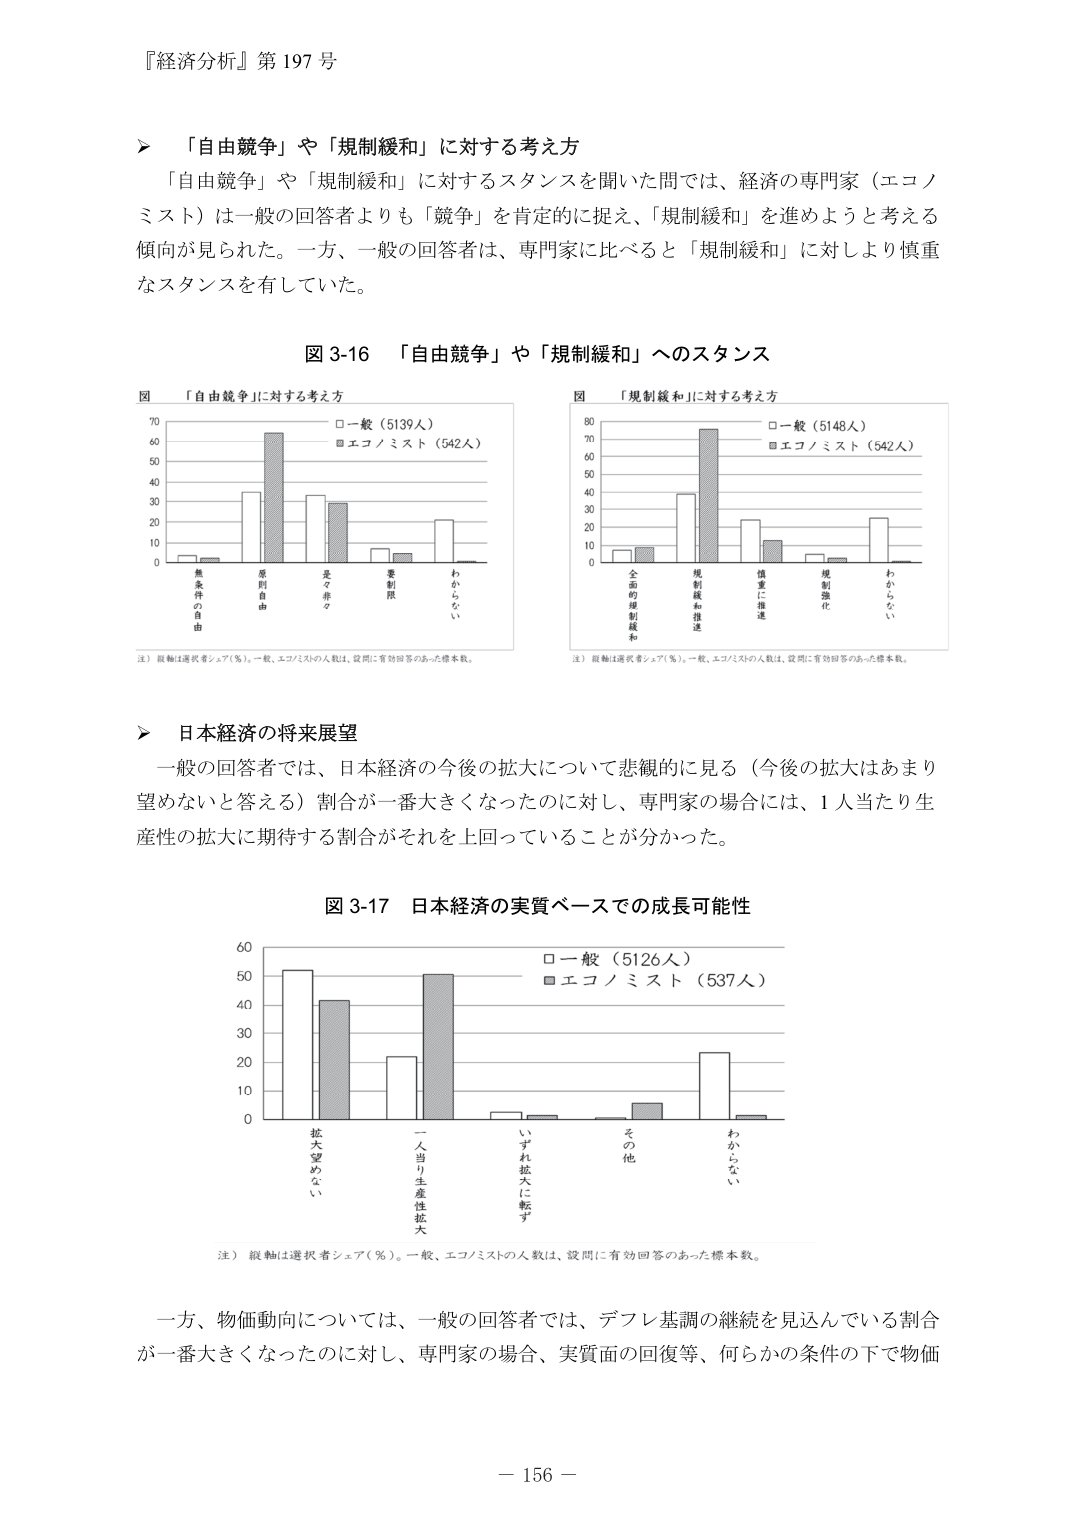
『経済分析』第197号

> 「自由競争」や「規制緩和」に対する考え方
「自由競争」や「規制緩和」に対するスタンスを聞いた問では、経済の専門家（エコノミスト）は一般の回答者よりも「競争」を肯定的に捉え、「規制緩和」を進めようと考える傾向が見られた。一方、一般の回答者は、専門家に比べると「規制緩和」に対してより慎重なスタンスを有していた。

図3-16 「自由競争」や「規制緩和」へのスタンス

図 「自由競争」に対する考え方
□一般（5139人）
■エコノミスト（542人）
縦軸は選択者シェア（％）。一般、エコノミストの人数は、設問に有効回答のあった標本数。
（横軸：無条件の自由、原則自由、是々非々、要制限、わからない）

図 「規制緩和」に対する考え方
□一般（5148人）
■エコノミスト（542人）
縦軸は選択者シェア（％）。一般、エコノミストの人数は、設問に有効回答のあった標本数。
（横軸：全面的規制緩和、規制緩和推進、慎重に推進、規制強化、わからない）

> 日本経済の将来展望
一般の回答者では、日本経済の今後の拡大について悲観的に見る（今後の拡大はあまり望めないと答える）割合が一番大きくなったのに対し、専門家の場合には、1人当たり生産性の拡大に期待する割合がそれを上回っていることが分かった。

図3-17 日本経済の実質ベースでの成長可能性
□一般（5126人）
■エコノミスト（537人）
縦軸は選択者シェア（％）。一般、エコノミストの人数は、設問に有効回答のあった標本数。
（横軸：拡大望めない、一人当たり生産性拡大、いずれ拡大に転ず、その他、わからない）

一方、物価動向については、一般の回答者では、デフレ基調の継続を見込んでいる割合が一番大きくなったのに対し、専門家の場合、実質面の回復等、何らかの条件の下で物価

－156－